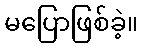
မပြောဖြစ်ခဲ့။